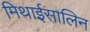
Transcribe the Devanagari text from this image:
मिथाईसालिन